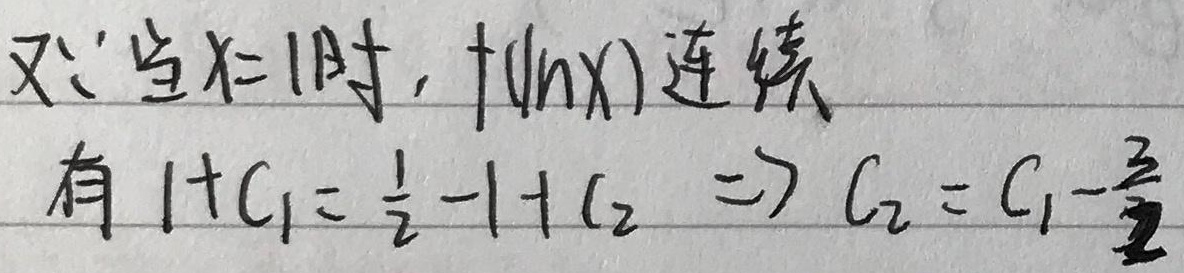
又\(\because\)当\(x = 1\)时, \(f(\ln x)\)连续
有\(1 + C_{1}=\frac{1}{2}-1 + C_{2}\Rightarrow C_{2}=C_{1}-\frac{3}{2}\)